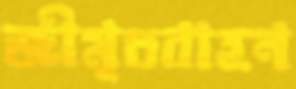
জীমূতবাহন